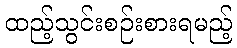
ထည့်သွင်းစဉ်းစားရမည့်